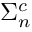
\Sigma _ { n } ^ { c }